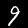
Label: 9